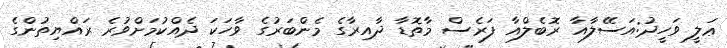
ޢަލީ ވަހީދު:އަސޭލާއާ ރޮބެލްއާ ފަރެސް މާތޮޑާ ދާއިރާގެ މެންބަރުގެ ވާހަކަ ދެއްކުމަށްވުރެ ރައްޔިތުންގެ